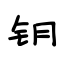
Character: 钥